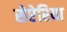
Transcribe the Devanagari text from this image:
सेप्टेरिया